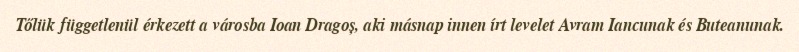
Tőlük függetlenül érkezett a városba Ioan Dragoș, aki másnap innen írt levelet Avram Iancunak és Buteanunak.